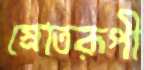
স্রোতরূপী